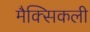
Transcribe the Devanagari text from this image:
मैक्सिकली